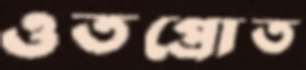
ওতপ্রোত